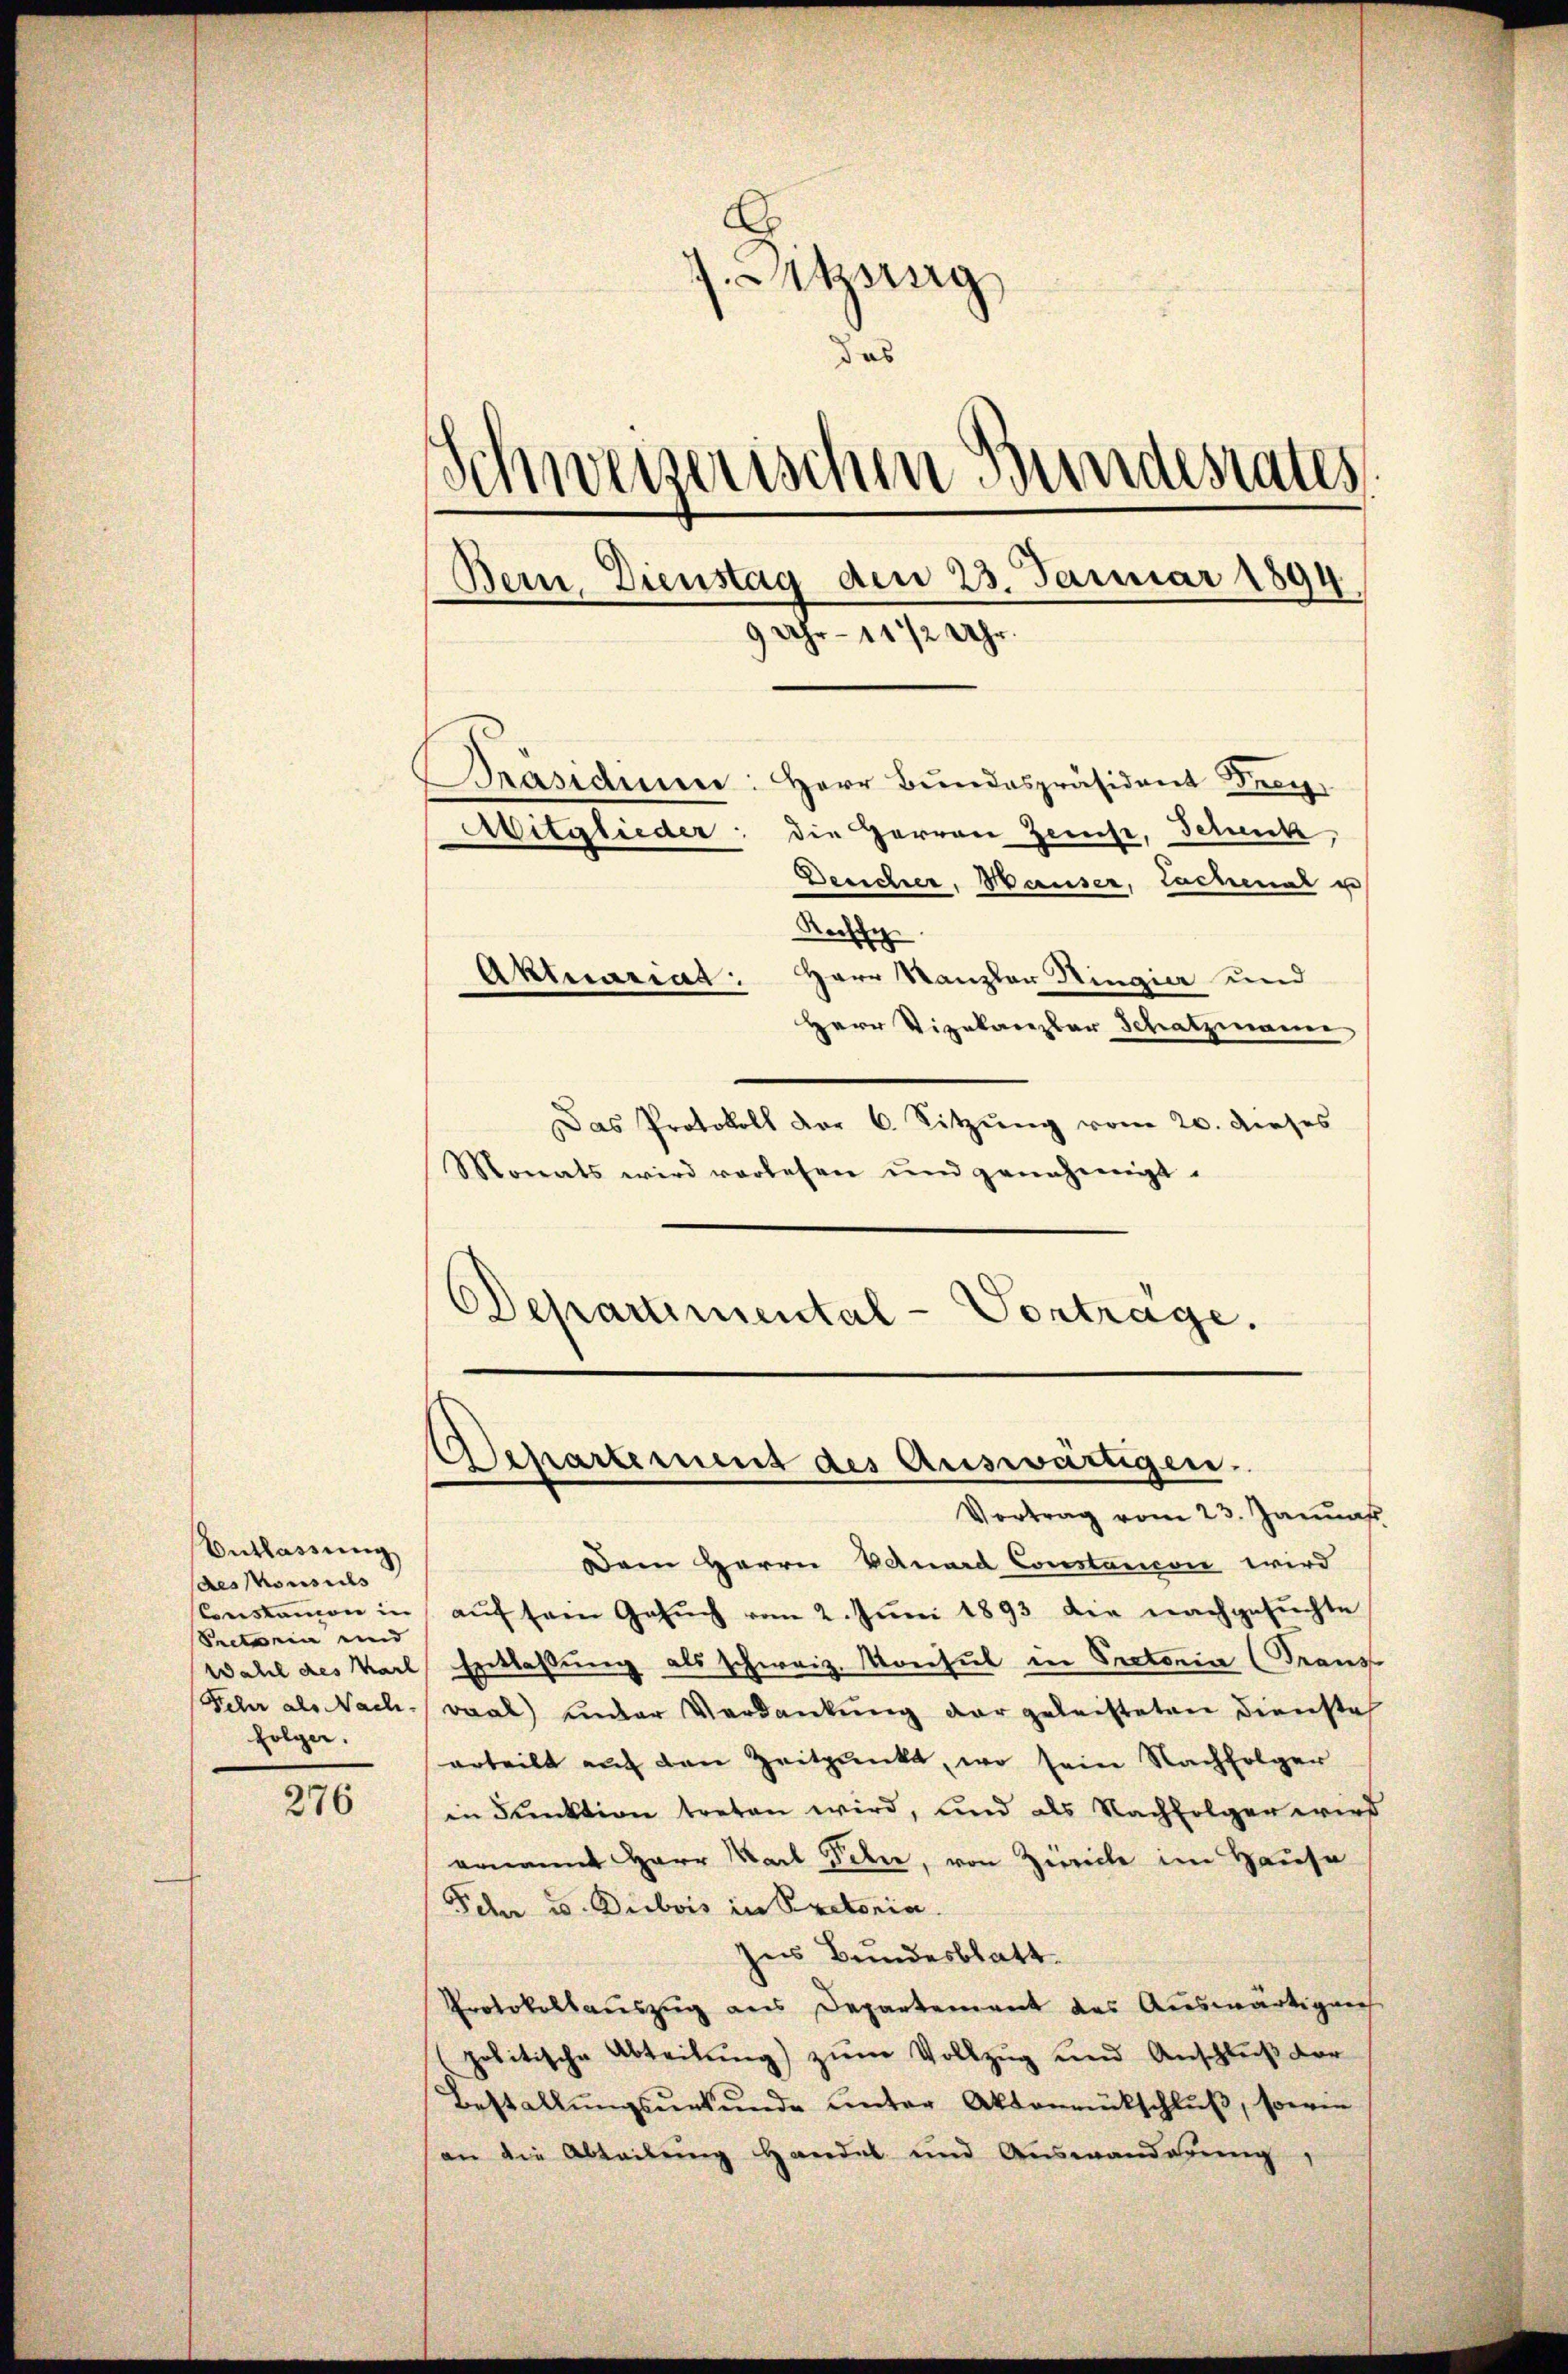
Entlassung
des Monsis
Conskamon in
Seetwein und
Fehr als Nach-
folger.

276

d
Aksig
das
Schweizerischen Bundesrates
Bein Dienstag den 23. Januar 1894
9 Uhr - 11 1/2 Uhr.
Präsidium: Herr Bundespräsident Frey
Aitglieder: die Herren Zeise, Schenk,
Deucher, Hauser, Lachenal u
Rachse
Herr Kanzler Hingier und
Aktuariat.
Herr Vizekanzlar Schatzmann

Das Protokoll der 6. Sitzŭng vom 20. dieses
Monats wird vorlesen und genehmigt.
Departimental-Vortrage.

Departement des Auswärtigen.
Vortrag vom 23. Januar

Dem Herrn Bauard Constancon wird
aŭf sein Gesŭch vom 2. Jŭni 1893 die nachgesŭchte
Wahl des Karl Entlaßung als schweiz. Monsul in Rectoria (Franz
woal) under Verdankung der geleisteten Dienste
erteilt auf den Zeitpunkt, wo sein Nachfolger
in Funktion treten wird, und als Nachfolgen wird
ernannt Herr Karl Sehne, von Zürich im Hause
Fehr u. Dubois in Pratoria.
Ins Bundesblatt.
Protokollauszug aus Departement des Auswärtigens
politische Abteilŭng zŭm Vollzug und Anschluß der
Bestallungsurkunde unter Aktenrütschluß, sowie
an die Abteilŭng handel und Auswanderŭng